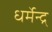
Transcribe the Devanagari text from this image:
धर्मेन्द्र्